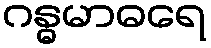
ဂန္ဓမာဓရေ